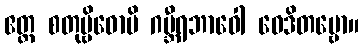
ဧတ္ထ စတုဗ္ဗိဓောပိ ဂမ္ဘီရဘာဝေါ ဝေဒိတဗ္ဗော။